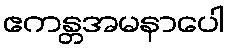
ဧကန္တအမနာပေါ